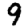
Digit: 9